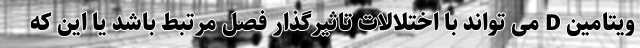
ویتامین D می تواند با اختلالات تاثیرگذار فصل مرتبط باشد یا این که